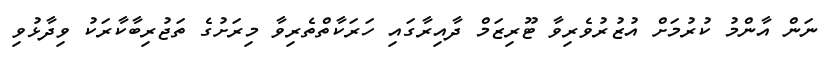
ނަން އާންމު ކުރުމަށް އުޒުރުވެރިވާ ޓޫރިޒަމް ދާއިރާގައި ހަރަކާތްތެރިވާ މިރަށުގެ ތަޖުރިބާކާރަކު ވިދާޅުވި